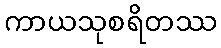
ကာယသုစရိတဿ